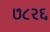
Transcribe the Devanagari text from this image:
७८२६